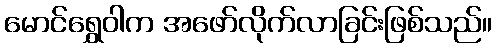
မောင်ရွှေဝါက အဖော်လိုက်လာခြင်းဖြစ်သည်။